Vaccine operations Central Provinces & Berar 1922-1929 - 1922-1929
Year: 1922
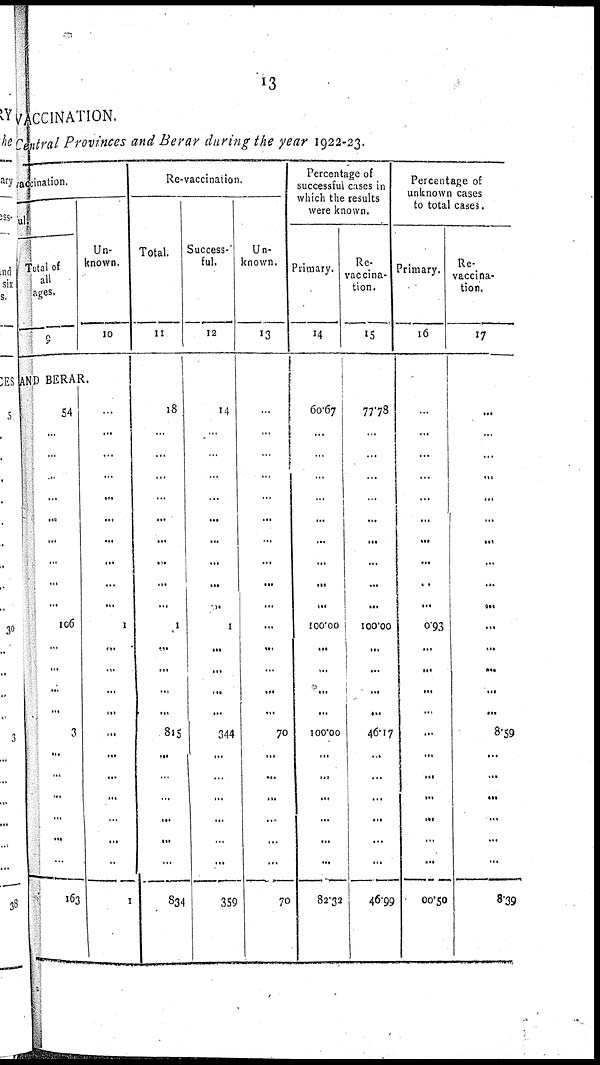
13
VACCINATION.
Central Provinces and Berar during the year 1922-23.
vaccination.
ul.
Total of
all
ages.
9
Un-
known.
10
AND BERAR.
54
...
...
...
...
...
...
...
...
...
106
...
...
...
...
3
...
...
... ...
...
...
163
...
...
...
...
...
...
...
...
...
...
1
...
...
...
...
...
...
...
...
...
...
...
1
Re-vaccination.
Total.
11
18
...
...
...
...
...
...
...
...
...
1
...
...
...
...
815
...
...
...
...
...
...
834
Success-
ful.
12
14
...
...
...
...
...
...
...
...
...
1
...
...
...
...
344
...
...
...
...
...
...
359
Un-
known.
13
...
...
...
...
...
...
...
...
...
...
...
...
...
...
...
70
...
...
...
...
...
...
70
Percentage of
successful cases in
which the results
were known.
Primary.
14
60.67
...
...
...
...
...
...
...
...
...
100.00
...
...
...
...
100.00
...
...
...
...
...
...
82.32
Re-
vaccina-
tion.
15
77.78
...
...
...
...
...
...
...
...
...
100.00
...
...
...
...
46.17
...
...
...
...
...
...
46.99
Percentage of
unknown cases
to total cases.
Primary.
16
...
...
...
...
...
...
...
...
...
...
0.93
...
...
...
...
...
...
...
...
...
...
...
00.50
Re-
vaccina-
tion.
17
...
...
...
...
...
...
...
...
...
...
...
...
...
...
...
8.59
...
...
...
...
...
...
8.39